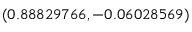
( 0 . 8 8 8 2 9 7 6 6 , - 0 . 0 6 0 2 8 5 6 9 )